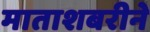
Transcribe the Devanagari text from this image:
माताशबरीने